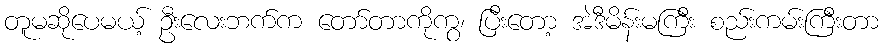
တူမဆိုပေမယ့် ဦးလေးဘက်က တော်တာကိုကွ၊ ပြီးတော့ အဲဒီမိန်းမကြီး စည်းကမ်းကြီးတာ